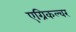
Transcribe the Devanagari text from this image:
एग्रिकल्चर